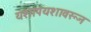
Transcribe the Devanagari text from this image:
यशापयशावरून